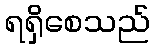
ရရှိစေသည်